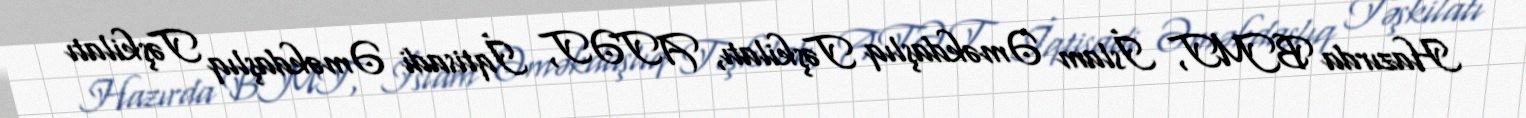
Hazırda BMT, İslam Əməkdaşlıq Təşkilatı, ATƏT, İqtisadi Əməkdaşlıq Təşkilatı